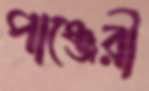
পাঞ্জেরী